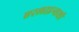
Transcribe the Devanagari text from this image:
एरलाइन्सशी